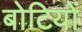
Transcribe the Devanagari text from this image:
बोटियों